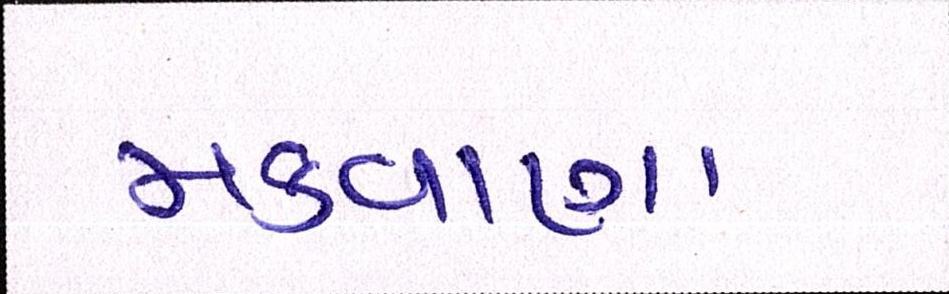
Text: મકવાણા